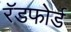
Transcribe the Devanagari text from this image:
रॅडफोर्ड